Annual administration and progress report of the Indian Medical Department, Bombay
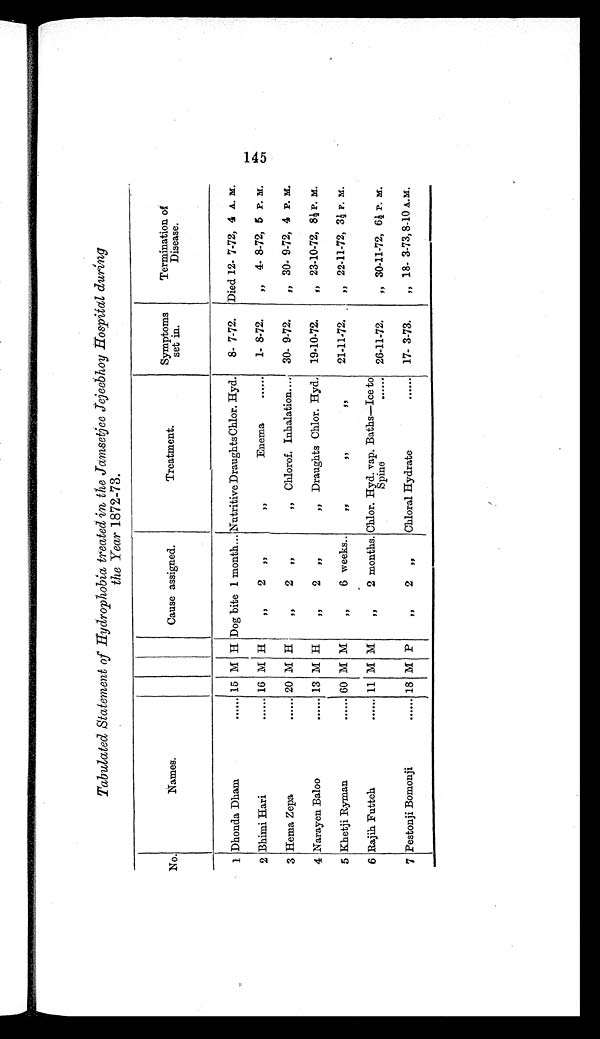
145
Tabulated Statement of Hydrophobia treated in the Jamsetjee Jejeebhoy Hospital during
the Year 1872-73.
No.
Names.
Cause assigned.
Treatment.
Symptoms
set in.
Termination of
Disease.
1 Dhonda Dham
...... 15 M H Dog bite 1 month. Nutritive Draughts Chlor. Hyd.
8- 7-72. Died 12- 7-72, 4 A. M.
2 Bhimi Hari
...... 16 M H
" 2 "
,,
Enema
......
1- 8-72.
" 4- 8-72, 5 P. M.
3 Hema Zepa
...... 20 M H
" 2 "
" Chlorof. Inhalation.... 30- 9-72.
" 30- 9-72, 4 P. M.
4 Narayen Baloo
...... 13 M H
" 2 "
" Draughts Chlor. Hyd. 19-10-72.
" 23-10-72, 8½P . M .
5 Khetji Ryman
...... 60 M M
" 6 weeks..
" " "
21-11-72.
" 22-11-72, 3½ P. M.
6 Rajih Futteh
...... 11 M M
" 2 months.
C h l o r . H y d . v a p . B a t h s — I c e t o
Spine
...... 26-11-72.
" 30-11-72, 6½ P. M
.
7 Pestonji Bomonji
...... 18 M P
" 2 "
Chloral Hydrate
...... 17- 3-73.
" 18. 3-73, 8-10 A.M.